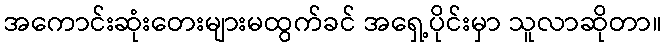
အကောင်းဆုံးတေးများမထွက်ခင် အရှေ့ပိုင်းမှာ သူလာဆိုတာ။